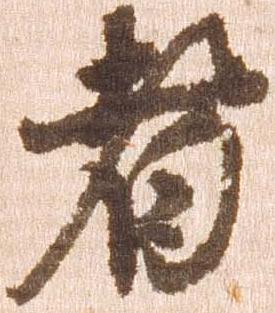
者